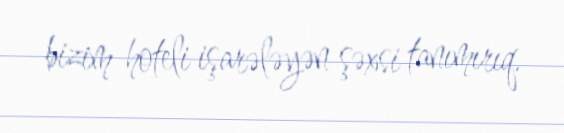
bizim hoteli işarələyən şəxsi tanımırıq.